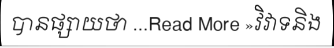
បានផ្សាយថា ...Read More »វិវាទនិង